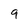
Character: 9